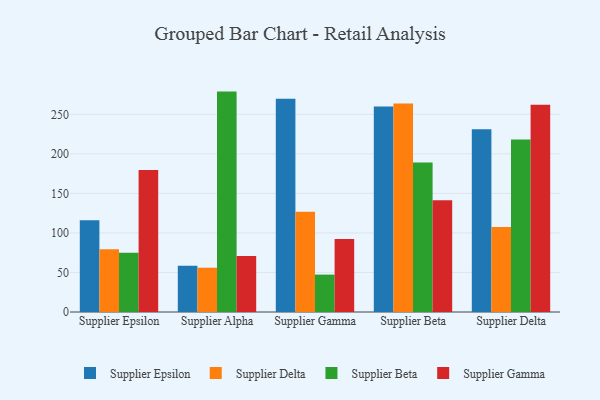
{"axis": {"x": "Supplier", "y": "Headcount"}, "legend": ["Supplier Beta", "Supplier Delta", "Supplier Epsilon", "Supplier Gamma"], "data": [{"x": "Supplier Epsilon", "y": 115.9, "type": "Supplier Epsilon"}, {"x": "Supplier Epsilon", "y": 79.4, "type": "Supplier Delta"}, {"x": "Supplier Epsilon", "y": 75.0, "type": "Supplier Beta"}, {"x": "Supplier Epsilon", "y": 179.7, "type": "Supplier Gamma"}, {"x": "Supplier Alpha", "y": 58.5, "type": "Supplier Epsilon"}, {"x": "Supplier Alpha", "y": 56.0, "type": "Supplier Delta"}, {"x": "Supplier Alpha", "y": 278.7, "type": "Supplier Beta"}, {"x": "Supplier Alpha", "y": 70.8, "type": "Supplier Gamma"}, {"x": "Supplier Gamma", "y": 269.6, "type": "Supplier Epsilon"}, {"x": "Supplier Gamma", "y": 126.8, "type": "Supplier Delta"}, {"x": "Supplier Gamma", "y": 47.3, "type": "Supplier Beta"}, {"x": "Supplier Gamma", "y": 92.4, "type": "Supplier Gamma"}, {"x": "Supplier Beta", "y": 260.0, "type": "Supplier Epsilon"}, {"x": "Supplier Beta", "y": 263.8, "type": "Supplier Delta"}, {"x": "Supplier Beta", "y": 189.2, "type": "Supplier Beta"}, {"x": "Supplier Beta", "y": 141.4, "type": "Supplier Gamma"}, {"x": "Supplier Delta", "y": 231.0, "type": "Supplier Epsilon"}, {"x": "Supplier Delta", "y": 107.5, "type": "Supplier Delta"}, {"x": "Supplier Delta", "y": 218.0, "type": "Supplier Beta"}, {"x": "Supplier Delta", "y": 262.1, "type": "Supplier Gamma"}]}